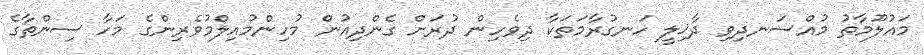
މައުލޫމާތު މުއްސަނދިވި ދާޚިލީ ހަނގުރާމަތަކާ ދިވެހިން ދުރަށް ގެންދިއުން މުހިންމުއިލްމުވެރިންގެ މަހާ ސިންތާގެ